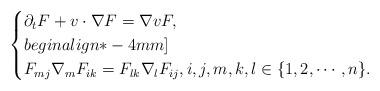
LaTeX: \begin{align*}\begin{cases}\partial_t F+v\cdot\nabla F=\nabla v F, \\begin{align*}-4mm]\\F_{mj}\nabla_mF_{ik}=F_{lk}\nabla_l F_{ij},i, j, m, k, l \in \{1, 2, \cdots, n\}.\end{cases}\end{align*}